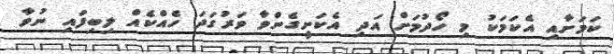
ކަމަށާއި އެކަމަކު މި ހޯދުމަށް އަދި އެކަށީގެންވާ ވަރުގަދަ ހެއްކެއް ލިބިފައި ނުވާ